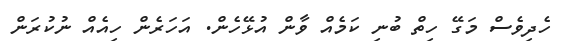
ހެދިވެސް މަގޭ ހިތް ބުނި ކަމެއް ވާން އުޅޭހެން. އަހަރެން ހިއެއް ނުކުރަން